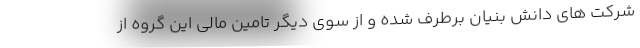
شرکت های دانش بنیان برطرف شده و از سوی دیگر تامین مالی این گروه از